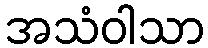
အသံဝါသာ